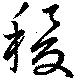
稷